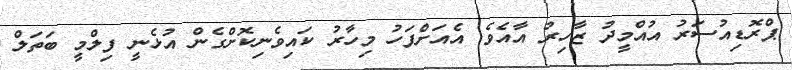
ޕްރޮޑިއުސަރު އުއްމީދު ޒާހިރު އާއެވެ. އެއަށްފަހު މިހާރު ކައިވެނިކޮށްގެން އުޅެނީ ފިލްމީ ބަތަލް